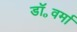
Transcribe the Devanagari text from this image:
डॉ॰वर्मा